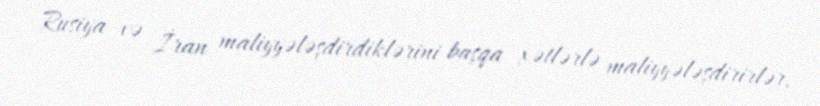
Rusiya və İran maliyyələşdirdiklərini başqa xətlərlə maliyyələşdirirlər,